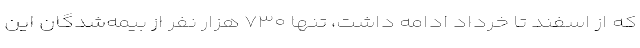
که از اسفند تا خرداد ادامه داشت، تنها ۷۳۰ هزار نفر از بیمه‌شدگان این